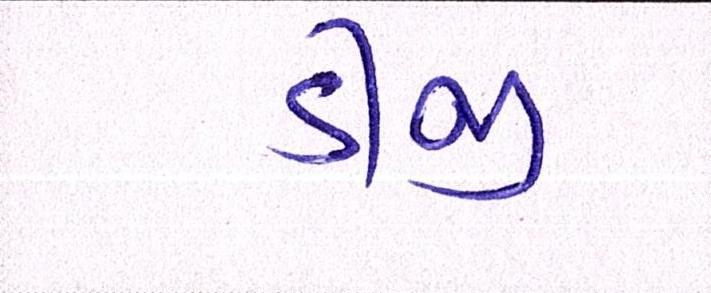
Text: ડીજી